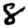
Digit: 8